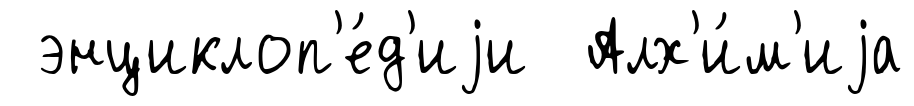
энциклоп'е́д'иjи Алх'и́м'иjа